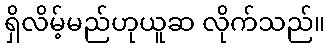
ရှိလိမ့်မည်ဟုယူဆ လိုက်သည်။